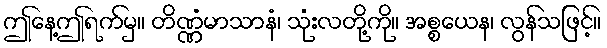
ဤနေ့ဤရက်မှ။ တိဏ္ဏံမာသာနံ၊ သုံးလတို့ကို။ အစ္စယေန၊ လွန်သဖြင့်။